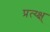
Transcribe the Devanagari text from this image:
प्रत्य्क्ष्